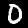
Digit: 0